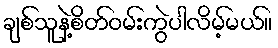
ချစ်သူနဲ့စိတ်ဝမ်းကွဲပါလိမ့်မယ်။